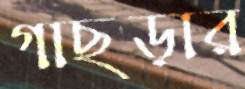
গাছড়ার